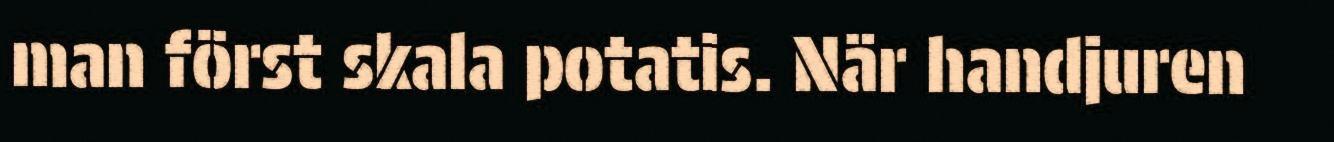
man först skala potatis. När handjuren